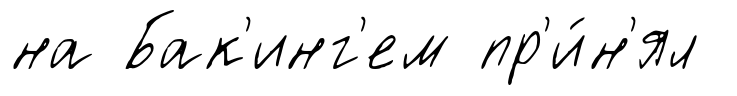
на Бак'инг'ем пр'и́н'ял